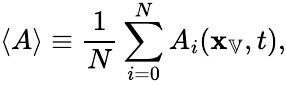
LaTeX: \left\langle{A}\right\rangle\equiv\frac{1}{N}\sum_{i=0}^{N}A_{i}(\mathbf{x}_{\mathbb{V}},t),